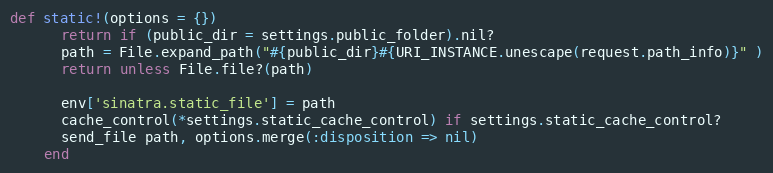
Language: Ruby
def static!(options = {})
      return if (public_dir = settings.public_folder).nil?
      path = File.expand_path("#{public_dir}#{URI_INSTANCE.unescape(request.path_info)}" )
      return unless File.file?(path)

      env['sinatra.static_file'] = path
      cache_control(*settings.static_cache_control) if settings.static_cache_control?
      send_file path, options.merge(:disposition => nil)
    end